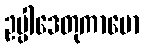
ဥပ္ပါဒေတုကာမော